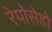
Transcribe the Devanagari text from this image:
रेपोसेडो